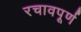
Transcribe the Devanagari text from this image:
रचावपूर्ण